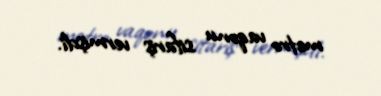
metro vaqonu sifariş vermişdi.